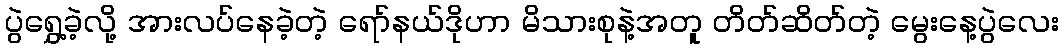
ပွဲရွှေ့ခဲ့လို့ အားလပ်နေခဲ့တဲ့ ရော်နယ်ဒိုဟာ မိသားစုနဲ့အတူ တိတ်ဆိတ်တဲ့ မွေးနေ့ပွဲလေး